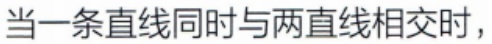
当一条直线同时与两直线相交时，